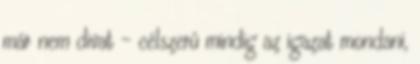
már nem divat – célszerû mindig az igazat mondani,